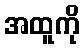
အထူကို